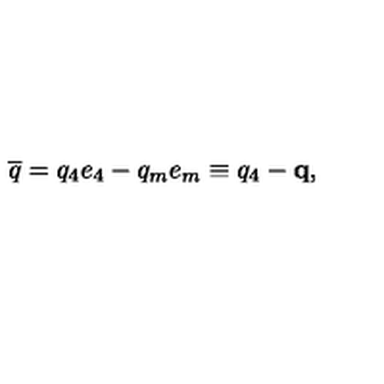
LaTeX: \overline { { q } } = q _ { 4 } e _ { 4 } - q _ { m } e _ { m } \equiv q _ { 4 } - \mathbf { q } ,